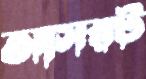
আসরট